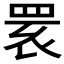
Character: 𦊷